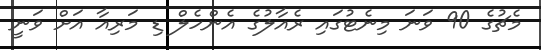
މެޗުގެ 90 ވަނަ މިނެޓުގައި ރެއާލުގެ އެންހެލް ޑި މަރިއާ އަށް ވަނީ